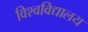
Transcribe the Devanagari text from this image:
विश्‍वविद्यालय